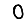
Digit: 0